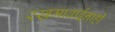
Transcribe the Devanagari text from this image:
रखमाबाईंनाही